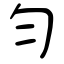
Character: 勻